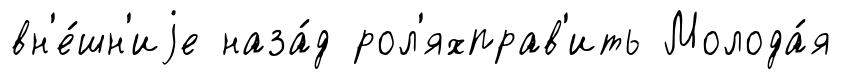
вн'е́шн'иjе наза́д рол'яхправ'ить Молода́я